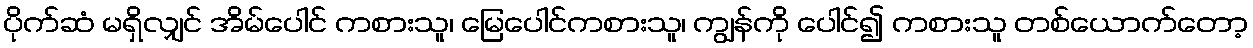
ပိုက်ဆံ မရှိလျှင် အိမ်ပေါင် ကစားသူ၊ မြေပေါင်ကစားသူ၊ ကျွန်ကို ပေါင်၍ ကစားသူ တစ်ယောက်တော့